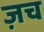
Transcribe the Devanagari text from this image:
ज़च